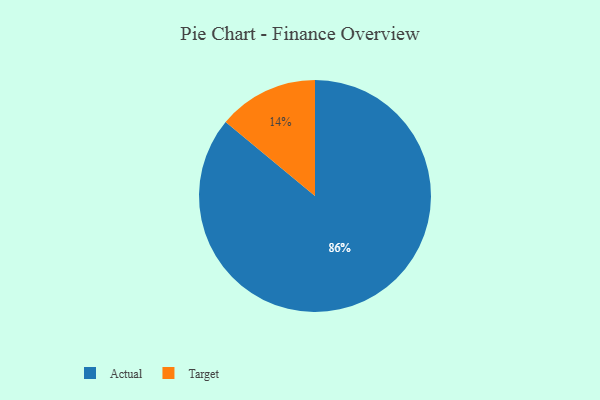
{"axis": {"x": "Category", "y": "Percentage"}, "legend": ["Actual", "Target"], "data": [{"x": "Actual", "y": 86, "type": "Actual"}, {"x": "Target", "y": 14, "type": "Target"}]}